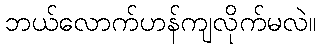
ဘယ်လောက်ဟန်ကျလိုက်မလဲ။